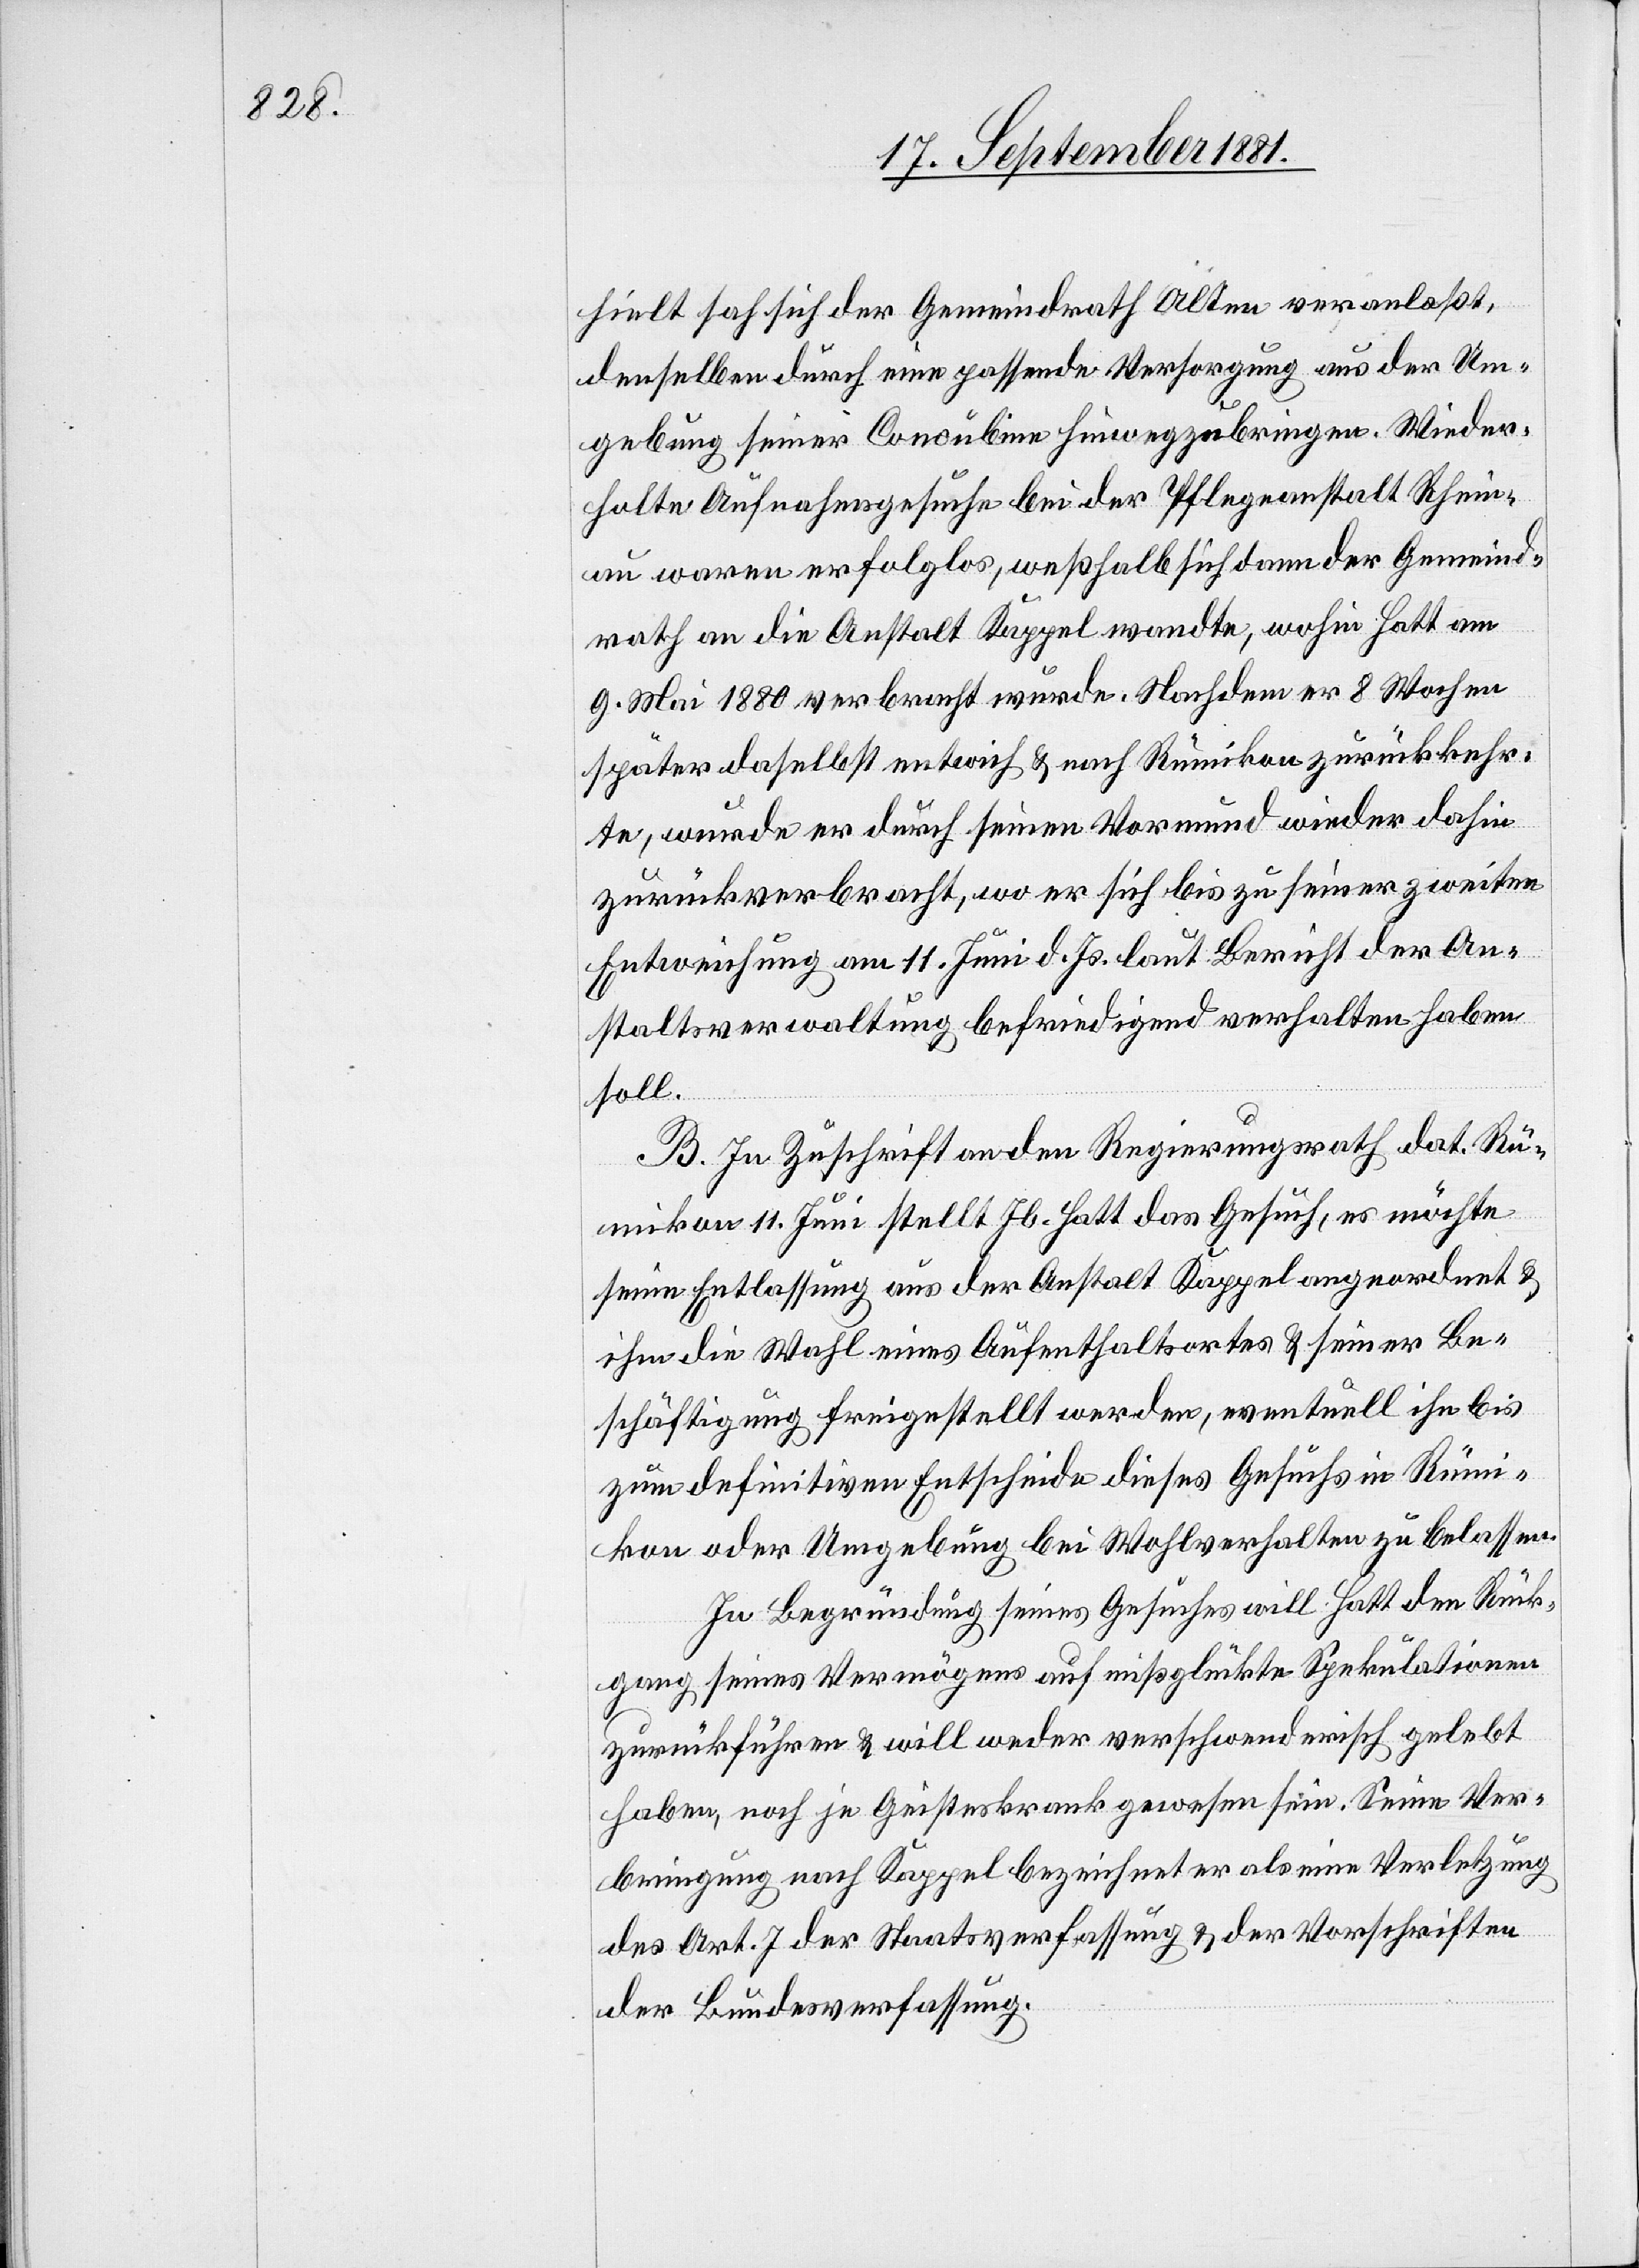
hielt sah sich der Gemeindrath Alten veranlaßt,
denselben durch eine passende Versorgung aus der Um¬
gebung seiner Concubine hinwegzubringen. Wieder¬
holte Aufnahmegesuche bei der Pflegeanstalt Rhein¬
au waren erfolglos, weßhalb sich dann der Gemeind¬
rath an die Anstalt Kappel wandte, wohin Hatt am
9. Mai 1880 verbracht wurde. Nachdem er 8 Wochen
später daselbst entwich & nach Rümikon zurückkehr¬
te, wurde er durch seinen Vormund wieder dahin
zurückgebracht, wo er sich bis zu seiner zweiten
Entweichung am 11. Juni d. Js. laut Bericht der An¬
staltsverwaltung befriedigend verhalten haben
soll.
B. In Zuschrift an den Regierungsrath dat. Rü¬
mikon 11. Juni stellt Jb. Hatt das Gesuch, es möchte
seine Entlassung aus der Anstalt Kappel angeordnet &
ihm die Wahl eines Aufenthaltsortes & seiner Be¬
schäftigung freigestellt werden, eventuell ihn bis
zum definitiven Entscheide dieses Gesuches in Rümi¬
kon oder Umgebung bei Wohlverhalten zu belassen.
In Begründung seines Gesuches will Hatt den Rück¬
gang seines Vermögens auf mißglückte Spekulationen
zurückführen & will weder verschwenderisch gelebt
haben, noch je geisteskrank gewesen sein. Seine Ver¬
bringung nach Kappel bezeichnet er als eine Verletzung
des Art. 7 der Staatsverfassung & der Vorschriften
der Bundesverfassung.